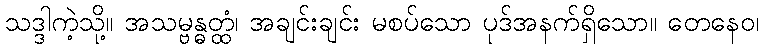
သဒ္ဒါကဲ့သို့။ အသမ္ဗန္ဓတ္ထံ၊ အချင်းချင်း မစပ်သော ပုဒ်အနက်ရှိသော။ တေနေဝ၊